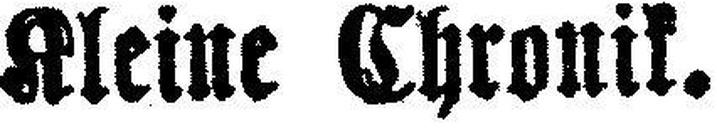
Kleine Chronik.